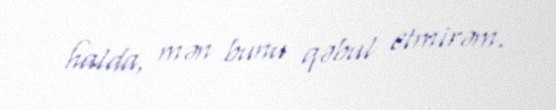
halda, mən bunu qəbul etmirəm.